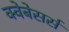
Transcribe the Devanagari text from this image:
क्वेबेसर्स